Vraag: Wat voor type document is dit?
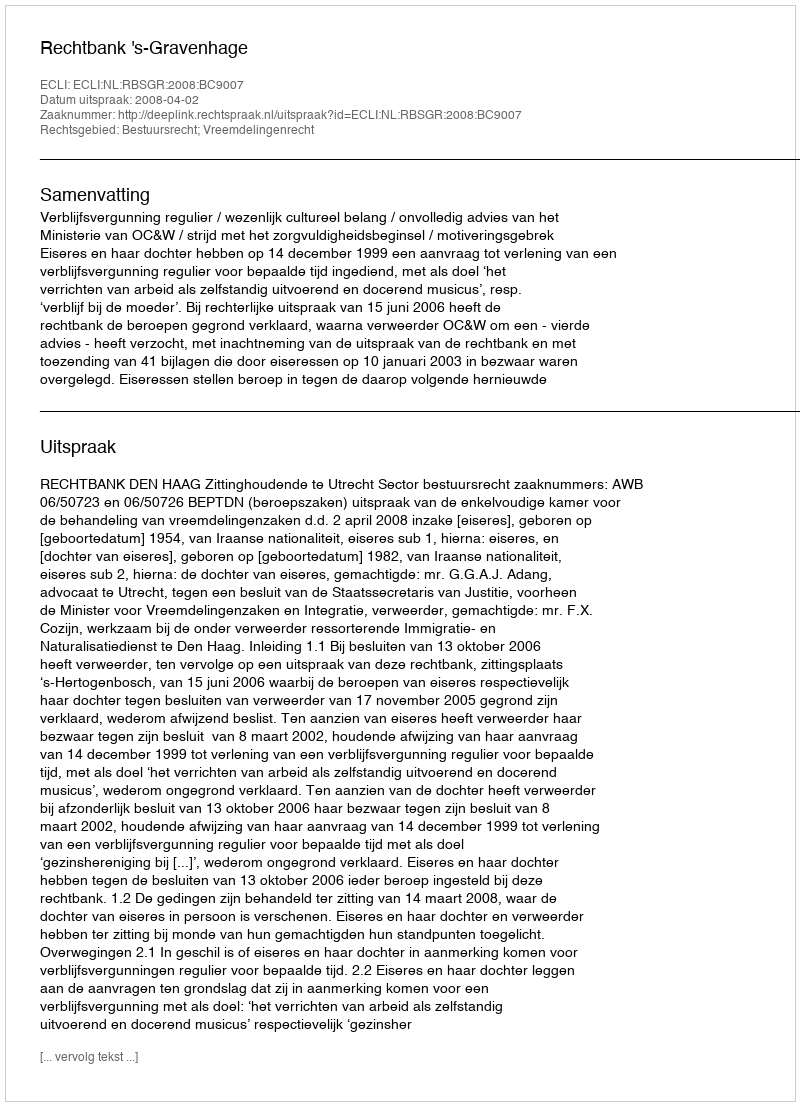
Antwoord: Uitspraak